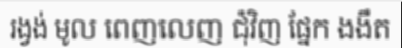
រង្វង់ មូល ពេញលេញ ជុំវិញ ផ្នែក ងងឹត